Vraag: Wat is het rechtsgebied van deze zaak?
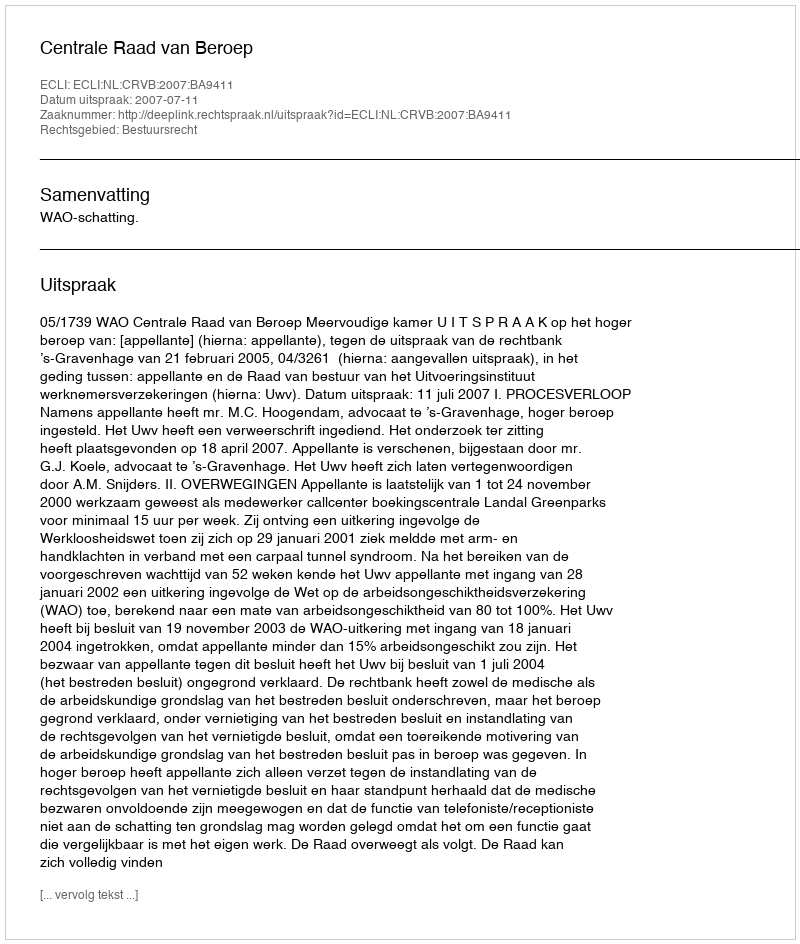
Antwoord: Bestuursrecht